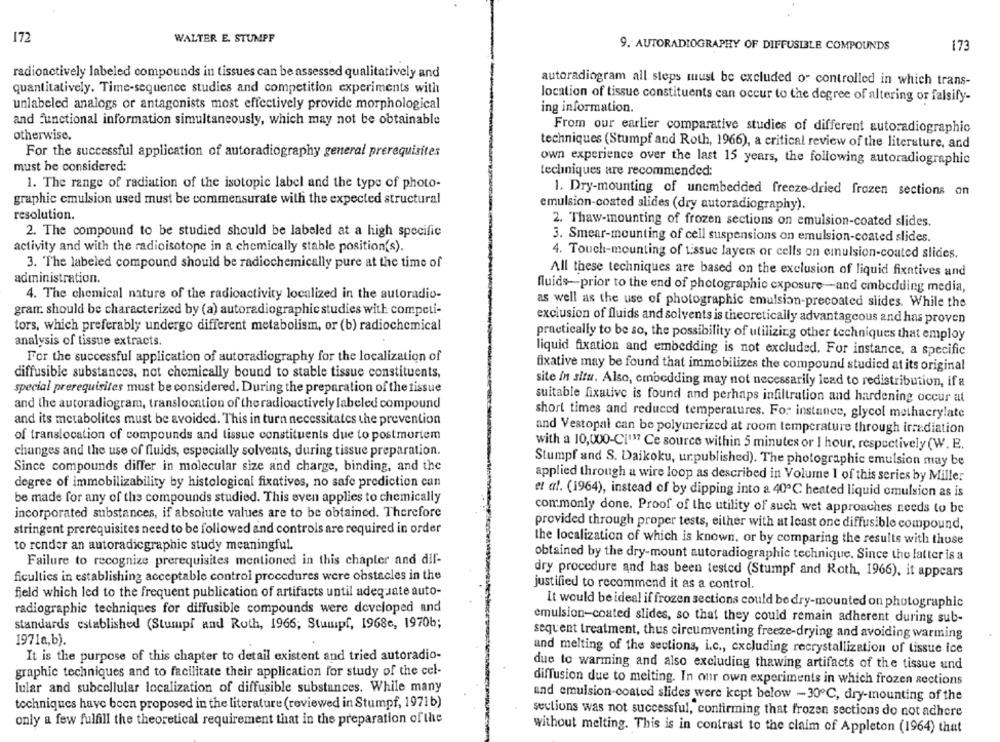
172
WALTER E. STUMPF
9. AUTORADIOGRAPHY OF DIFFUSIBLE COMPOUNDS
173
radioactively labeled compounds in tissues can be assessed qualitatively and
autoradiogram all steps must be excluded or controlled in which trans-
quantitatively. Time-sequence studies and competition experiments with
location of tissue constituents can occur to the degree of altering or falsify-
unlabeled analogs or antagonists most effectively provide morphological
ing information.
and functional information simultaneously, which may not be obtainable
From our earlier comparative studies of different autoradiographic
otherwise.
techniques (Stumpf and Roth, 1966), a critical review of the literature, and
For the successful application of autoradiography general prerequisites
own experience over the last 15 years, the following autoradiographic
must be considered:
techniques are recommended:
1. The range of radiation of the isotopic label and the type of photo-
1. Dry-mounting of unembedded freeze-dried frozen sections on
graphic emulsion used must be commensurate with the expected structural
emulsion-coated slides (dry autoradiography).
resolution.
2. Thaw-mounting of frozen sections on emulsion-coated slides.
2. The compound to be studied should be labeled at a high specific
3. Smear-mounting of cell suspensions on emulsion-coated slides.
activity and with the radioisotope in a chemically stable position(s).
4. Touch-mounting of tissue layers or cells on emulsion-coated slides.
3. The labeled compound should be radiochemically pure at the time of
All these techniques are based on the exclusion of liquid fixatives and
administration.
fluids-prior to the end of photographic exposure-and embedding media,
4. The chemical nature of the radioactivity localized in the autoradio-
as well as the use of photographic emulsion-precoated slides. While the
gram: should be characterized by (a) autoradiographic studies with competi-
exclusion of fluids and solvents is theoretically advantageous and has proven
tors, which preferably undergo different metabolism, or (b) radiochemical
analysis of tissue extracts.
practically to be so, the possibility of utilizing other techniques that employ
liquid fixation and embedding is not excluded. For instance, a specific
For the successful application of autoradiography for the localization of
fixative may be found that immobilizes the compound studied at its original
diffusible substances, not chemically bound to stable tissue constituents,
site in situ. Also, embedding may not necessarily lead to redistribution, if a
special prerequisites must be considered. During the preparation of the tissue
suitable fixative is found and perhaps infiltration and hardening occur at
and the autoradiogram, translocation of the radioactively labeled compound
short times and reduced temperatures. For instance, glycol methacrylate
and its metabolites must be avoided. This in turn necessitates the prevention
and Vestopal can be polymerized at room temperature through irradiation
of translocation of compounds and tissue constituents due to postmortem
changes and the use of fluids, especially solvents, during tissue preparation.
with a 10,000-CI""? Ce source within 5 minutes or I hour, respectively (W. E.
Since compounds differ in molecular size and charge, binding, and the
Stumpf and S. Daikoku, ur.published). The photographic emulsion may be
applied through a wire loop as described in Volume I of this series by Mille:
degree of immobilizability by histological fixatives, no safe prediction can
et al. (1964), instead of by dipping into a 40℃ heated liquid emulsion as is
be made for any of the compounds studied. This even applies to chemically
commonly done. Proof of the utility of such wet approaches needs to be
incorporated substances, if absolute values are to be obtained. Therefore
provided through proper tests, either with at least one diffusible compound,
stringent prerequisites need to be followed and controls are required in order
the localization of which is known, or by comparing the results with those
to render an autoradicgraphic study meaningful.
obtained by the dry-mount autoradiographic technique. Since the latter is a
Failure to recognize prerequisites mentioned in this chapter and dif-
ficulties in establishing acceptable control procedures were obstacles in the
dry procedure and has been tested (Stumpf and Roth, 1966), it appears
justified to recommend it as a control.
field which led to the frequent publication of artifacts until adequate auto-
radiographie techniques for diffusible compounds were developed and
It would be ideal if frozen sections could be dry-mounted on photographic
emulsion-coated slides, so that they could remain adherent during sub-
standards established (Stumpf and Roth, 1966; Stumpf, 1968e, 19706;
sequent treatment, thus circumventing freeze-drying and avoiding warming
1971a,b).
and melting of the sections, i.c ., excluding recrystallization of tissue ice
It is the purpose of this chapter to detail existent and tried autoradio-
due to warming and also excluding thawing artifacts of the tissue and
graphic techniques and to facilitate their application for study of the cel-
diffusion due to melting. In our own experiments in which frozen sections
lular and subcellular localization of diffusible substances. While many
and emulsion-coated slides were kept below - 30℃, dry-mounting of the
techniques have been proposed in the literature (reviewed in Stumpf, 1971b)
sections was not successful, confirming that frozen sections do not adhere
only a few fulfill the theoretical requirement that in the preparation ofthe
without melting. This is in contrast to the claim of Appleton (1964) that